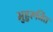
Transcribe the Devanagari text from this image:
मुहुरूर्जित